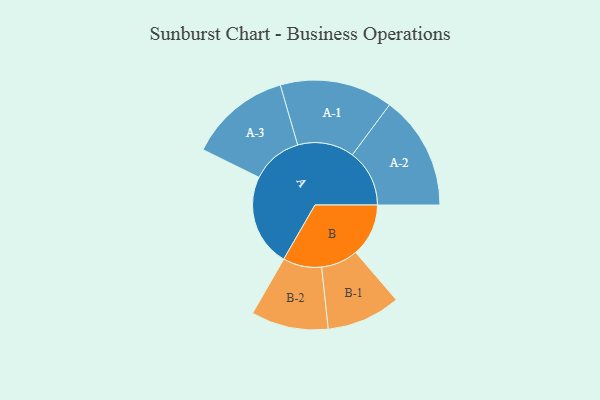
{"axis": {"x": "Segment", "y": "Value"}, "legend": ["", "A", "B"], "data": [{"x": "A", "y": 430, "type": ""}, {"x": "B", "y": 246, "type": ""}, {"x": "A-1", "y": 263, "type": "A"}, {"x": "A-2", "y": 266, "type": "A"}, {"x": "A-3", "y": 237, "type": "A"}, {"x": "B-1", "y": 172, "type": "B"}, {"x": "B-2", "y": 180, "type": "B"}]}